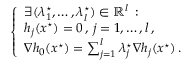
\left\{ \begin{array} { l l } { \exists ( \lambda _ { 1 } ^ { \star } , \dots , \lambda _ { l } ^ { \star } ) \in { \mathbb R } ^ { l } \, : } \\ { h _ { j } ( x ^ { \star } ) = 0 \, , \, j = 1 , \dots , l \, , } \\ { \nabla h _ { 0 } ( x ^ { \star } ) = \sum _ { j = 1 } ^ { l } \lambda _ { j } ^ { \star } \nabla h _ { j } ( x ^ { \star } ) \, . } \end{array} \right.